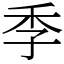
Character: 季